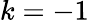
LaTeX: k=-1